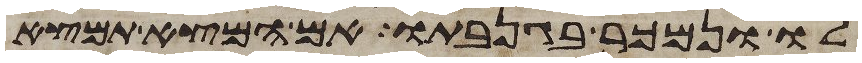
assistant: לו ונמכר בגנבתו אם המצא תמצא